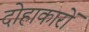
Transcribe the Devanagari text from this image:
दोहाकारों